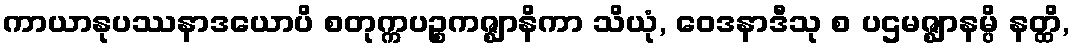
ကာယာနုပဿနာဒယောပိ စတုက္ကပဉ္စကဇ္ဈာနိကာ သိယုံ, ဝေဒနာဒီသု စ ပဌမဇ္ဈာနမ္ပိ နတ္ထိ,